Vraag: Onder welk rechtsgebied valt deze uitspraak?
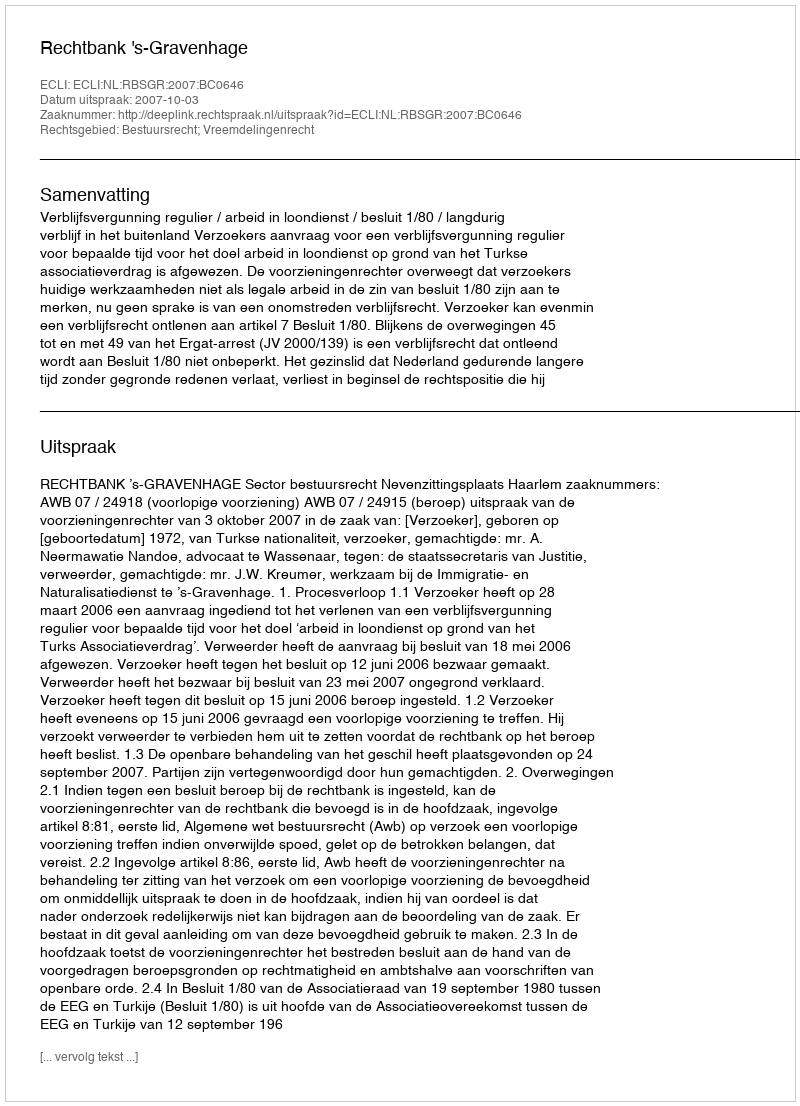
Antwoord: Bestuursrecht; Vreemdelingenrecht